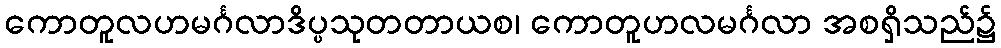
ကောတူလဟမင်္ဂလာဒိပ္ပသုတတာယစ၊ ကောတူဟလမင်္ဂလာ အစရှိသည်၌